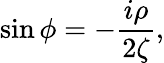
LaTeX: \sin\phi=-\frac{i\rho}{2\zeta},